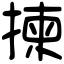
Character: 揀